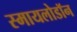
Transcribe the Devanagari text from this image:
स्मायलोडॉन